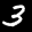
Label: 3